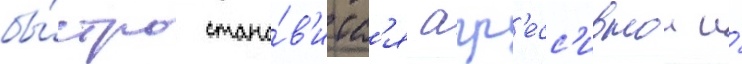
бы́стро стано́в'итс'я агр'есс'ивнои и́